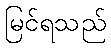
မြင်ရသည်